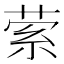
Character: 萦